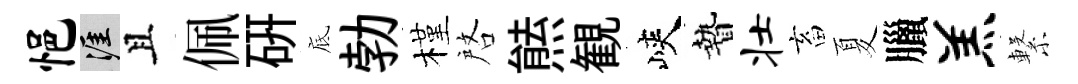
悒涯且佩硏底勃槿啓㷱観峽贄壮畜夏臘羔繋